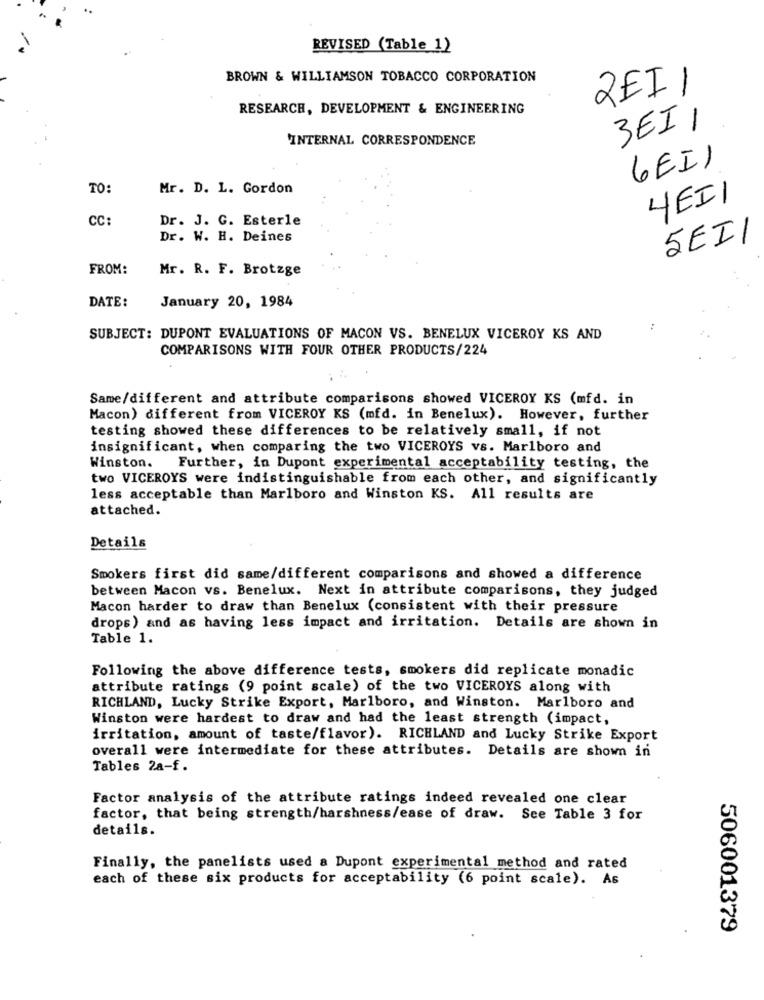
REVISED (Table 1)
BROWN & WILLIAMSON TOBACCO CORPORATION
2EI 1
RESEARCH, DEVELOPMENT & ENGINEERING
3EI /
INTERNAL CORRESPONDENCE
GEI)
TO:
Mr. D. L. Gordon
4EI1
CC:
Dr. J. G. Esterle
Dr. W. H. Deines
SEI/
50
FROM:
Mr. R. F. Brotzge
DATE:
January 20, 1984
SUBJECT: DUPONT EVALUATIONS OF MACON VS. BENELUX VICEROY KS AND
COMPARISONS WITH FOUR OTHER PRODUCTS/224
Same/different and attribute comparisons showed VICEROY KS (mfd. in
Macon) different from VICEROY KS (mfd. in Benelux). However, further
testing showed these differences to be relatively small, if not
insignificant, when comparing the two VICEROYS vs. Marlboro and
Winston. Further, in Dupont experimental acceptability testing, the
two VICEROYS were indistinguishable from each other, and significantly
less acceptable than Marlboro and Winston KS. All results are
attached.
Details
Smokers first did same/different comparisons and showed a difference
between Macon vs. Benelux. Next in attribute comparisons, they judged
Macon harder to draw than Benelux (consistent with their pressure
drops) and as having less impact and irritation. Details are shown in
Table 1.
Following the above difference tests, smokers did replicate monadic
attribute ratings (9 point scale) of the two VICEROYS along with
RICHLAND, Lucky Strike Export, Marlboro, and Winston. Marlboro and
Winston were hardest to draw and had the least strength (impact,
irritation, amount of taste/flavor). RICHLAND and Lucky Strike Export
overall were intermediate for these attributes. Details are shown in
Tables 2a-f.
Factor analysis of the attribute ratings indeed revealed one clear
factor, that being strength/harshness/ease of draw. See Table 3 for
details.
Finally, the panelists used a Dupont experimental method and rated
each of these six products for acceptability (6 point scale). As
506001379